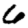
Digit: 6